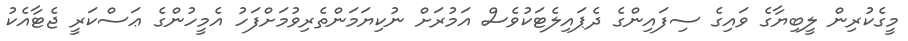
މީގެކުރިން ލީބިޔާގެ ވައިގެ ސިފައިންގެ ދެޕައިލެޓަކުވެސް އަމުރަށް ނުކިޔަމަންތެރިވުމަށްފަހު އެމީހުންގެ ޢަސްކަރީ ޖެޓާއެކު